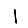
Digit: 1